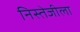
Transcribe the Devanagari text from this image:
निस्तेजीला